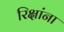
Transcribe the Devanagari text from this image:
रिक्षांना